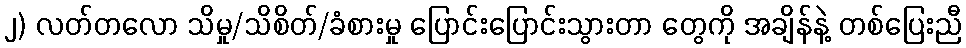
၂) လတ်တလော သိမှု/သိစိတ်/ခံစားမှု ပြောင်းပြောင်းသွားတာ တွေကို အချိန်နဲ့ တစ်ပြေးညီ